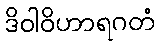
ဒိဝါဝိဟာရဂတံ